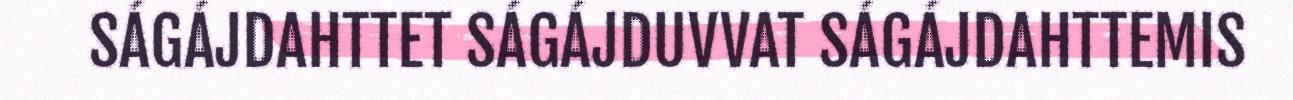
SÁGÁJDAHTTET SÁGÁJDUVVAT SÁGÁJDAHTTEMIS